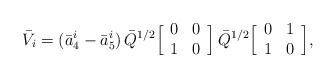
\begin{align*}\bar{V}_i = (\bar{a}_4^i - \bar{a}_5^i) \,\bar{Q}^{1/2} \Big[ \begin{array}{cc} 0 & 0 \cr1 & 0 \end{array} \Big] \,\bar{Q}^{1/2} \Big[ \begin{array}{cc} 0 & 1 \cr1 & 0 \end{array} \Big] ,\end{align*}